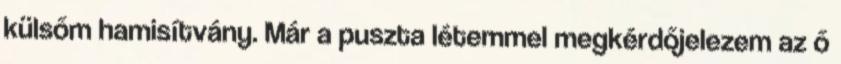
külsőm hamisítvány. Már a puszta létemmel megkérdőjelezem az ő